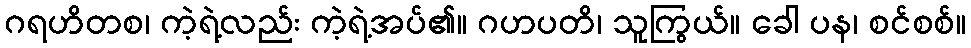
ဂရဟိတစ၊ ကဲ့ရဲ့လည်း ကဲ့ရဲ့အပ်၏။ ဂဟပတိ၊ သူကြွယ်။ ခေါ ပန၊ စင်စစ်။